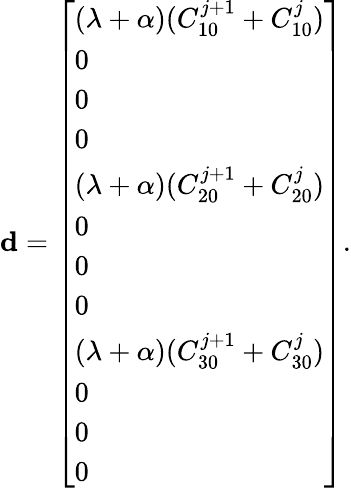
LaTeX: \mathbf{d}={\left[\begin{array}{l}{(\lambda+\alpha)(C_{10}^{j+1}+C_{10}^{j})}\\ {0}\\ {0}\\ {0}\\ {(\lambda+\alpha)(C_{20}^{j+1}+C_{20}^{j})}\\ {0}\\ {0}\\ {0}\\ {(\lambda+\alpha)(C_{30}^{j+1}+C_{30}^{j})}\\ {0}\\ {0}\\ {0}\end{array}\right]}.